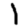
Digit: 1